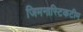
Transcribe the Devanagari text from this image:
जिमनास्टिकटीम